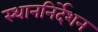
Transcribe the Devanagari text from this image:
स्थाननिर्देशन